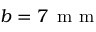
b = 7 \, \mathrm { ~ m ~ m ~ }